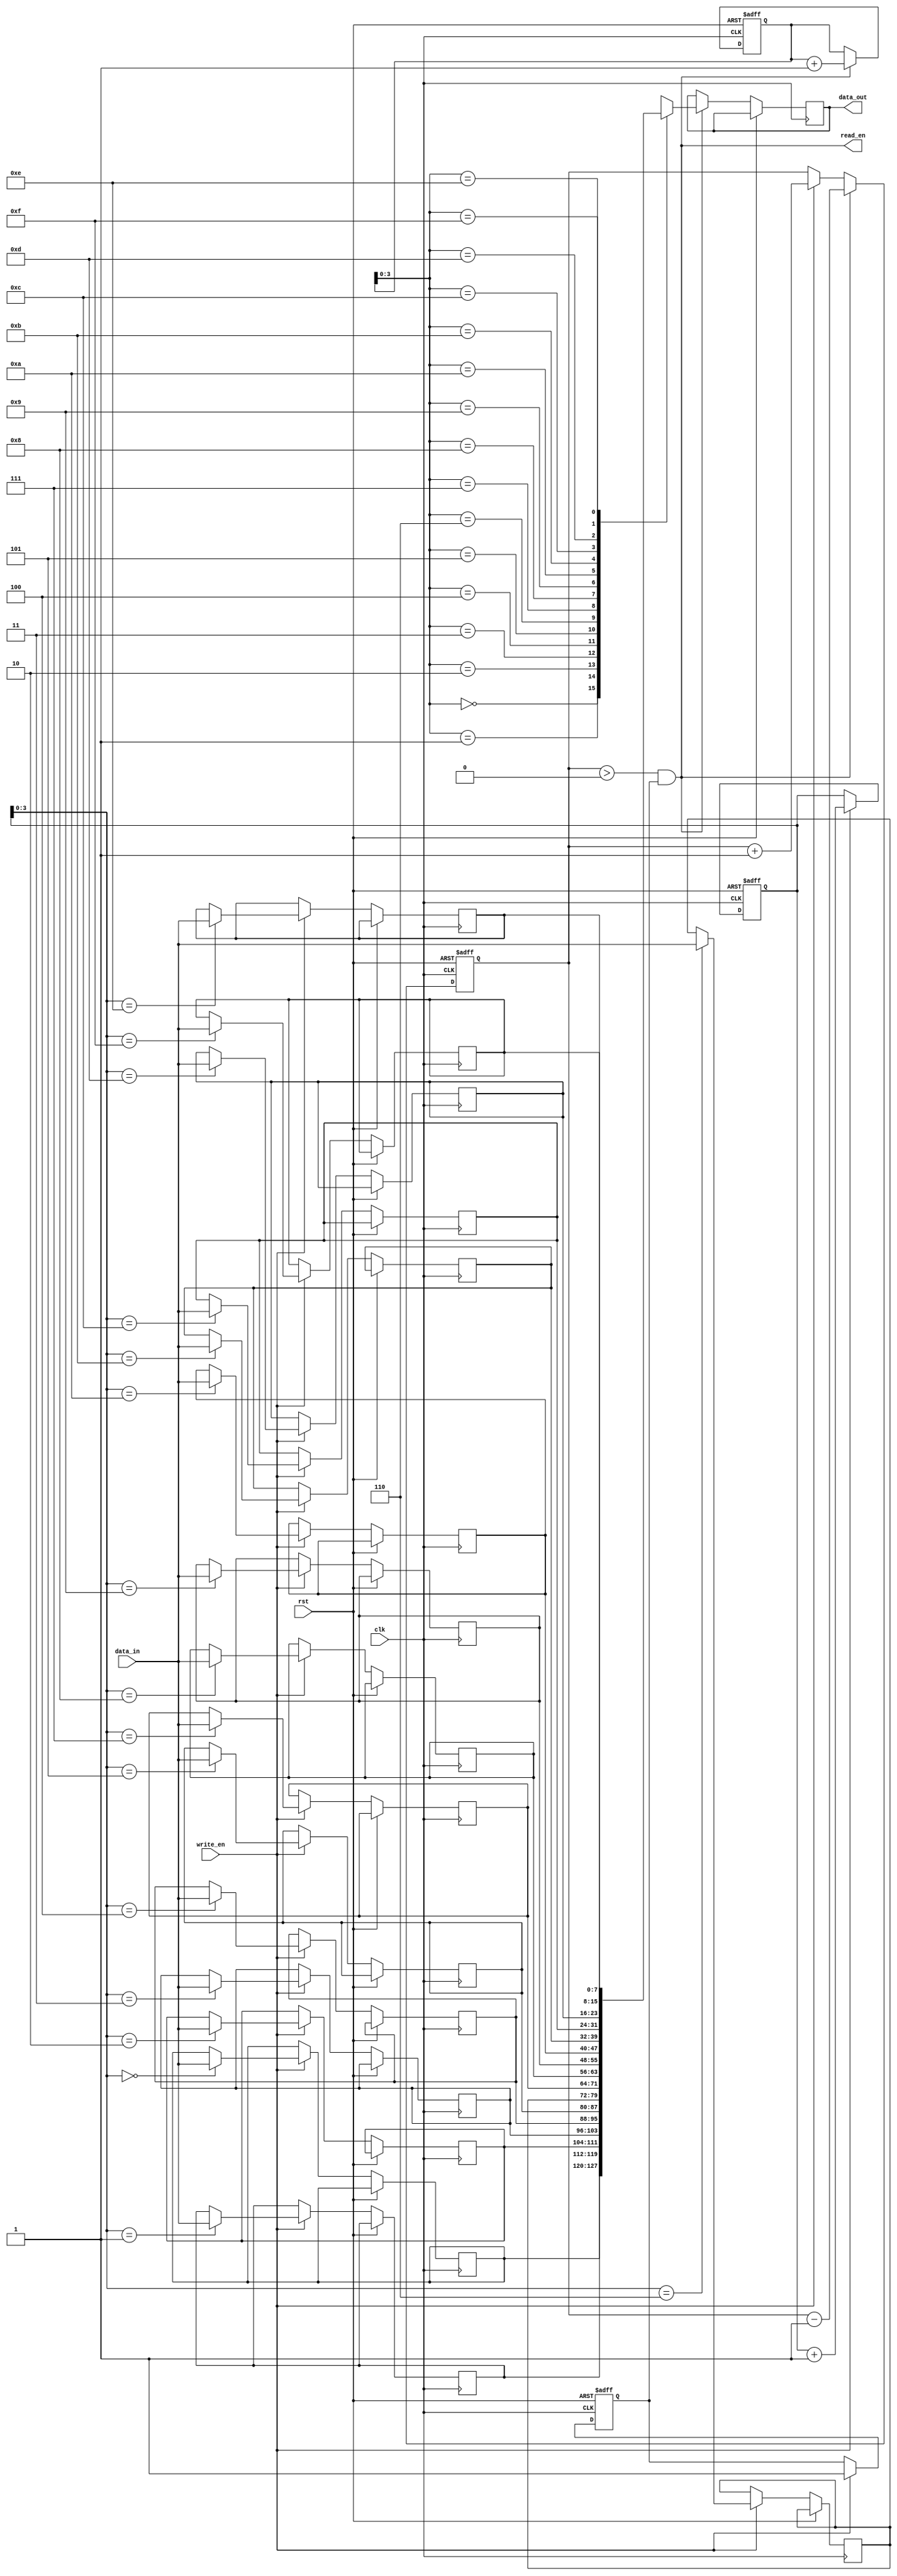
module first_word_fall_through_fifo (
    input wire clk,
    input wire rst,
    input wire write_en,
    input wire [DATA_WIDTH-1:0] data_in,
    output wire read_en,
    output reg [DATA_WIDTH-1:0] data_out
);

parameter FIFO_DEPTH = 16;
parameter DATA_WIDTH = 8;

reg [DATA_WIDTH-1:0] fifo[FIFO_DEPTH-1:0];
reg [4:0] write_ptr = 0;
reg [4:0] read_ptr = 0;
reg [4:0] fifo_count = 0;
reg first_word_written = 0;

always @(posedge clk or posedge rst) begin
    if (rst) begin
        write_ptr <= 0;
        read_ptr <= 0;
        fifo_count <= 0;
        first_word_written <= 0;
    end else begin
        if (write_en) begin
            fifo[write_ptr] <= data_in;
            write_ptr <= write_ptr + 1;
            fifo_count <= fifo_count + 1;
            first_word_written <= 1;
        end
        
        if (read_en) begin
            data_out <= fifo[read_ptr];
            read_ptr <= read_ptr + 1;
            fifo_count <= fifo_count - 1;
        end
    end
end

assign read_en = fifo_count > 0 && first_word_written;

endmodule